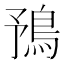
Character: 𩿗